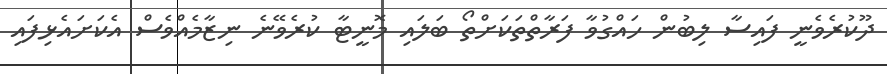
ދޫކުރެވެނީ ފައިސާ ލިބުން ހައްގުވާ ފަރާތްތަކަށްތޯ ބަލައި މޮނީޓާ ކުރެވޭނެ ނިޒާމެއްވެސް އެކަށައެޅިފައި